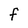
Character: F